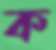
ক